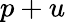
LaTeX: p+u